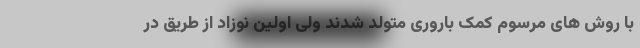
با روش های مرسوم کمک باروری متولد شدند ولی اولین نوزاد از طریق در